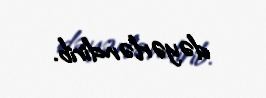
dəyərləndirib.